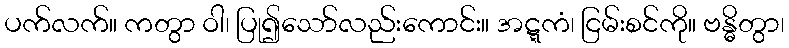
ပက်လက်။ ကတွာ ဝါ၊ ပြု၍သော်လည်းကောင်း။ အဋ္ဋကံ၊ ငြမ်းစင်ကို။ ဗန္ဓိတွာ၊